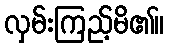
လှမ်းကြည့်မိ၏။